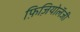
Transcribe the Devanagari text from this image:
फ़िज़ियोलॅजी